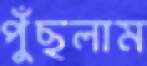
পুঁছলাম